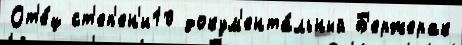
От'е́ц ст'еп'ен'и10 докум'ента́льный Б'ержерак